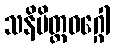
သနိမိတ္တဝဂ္ဂေါ